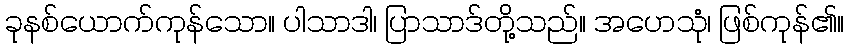
ခုနစ်ယောက်ကုန်သော။ ပါသာဒါ၊ ပြာသာဒ်တို့သည်။ အဟေသုံ၊ ဖြစ်ကုန်၏။